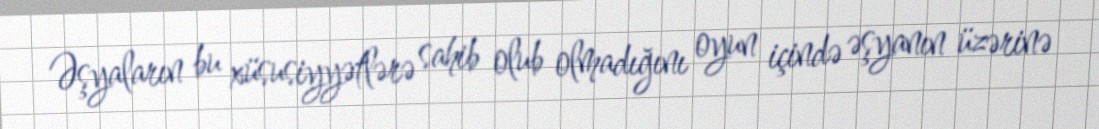
Əşyaların bu xüsusiyyətlərə sahib olub olmadığını oyun içində əşyanın üzərinə